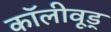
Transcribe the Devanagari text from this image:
कॉलीवूड्